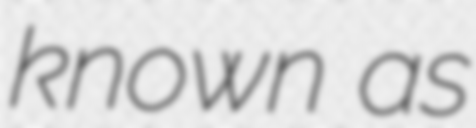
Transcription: known as